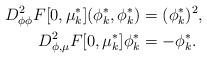
LaTeX: \begin{align*}D_{\phi \phi}^2 F[0,\mu^*_{k}](\phi^*_{k},\phi^*_{k})&=(\phi^*_{k})^2,\\D_{\phi,\mu}^2 F[0,\mu^*_{k}]\phi^*_{k}&=-\phi^*_{k}.\end{align*}